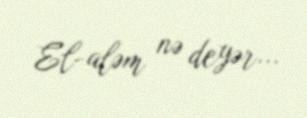
El-aləm nə deyər...